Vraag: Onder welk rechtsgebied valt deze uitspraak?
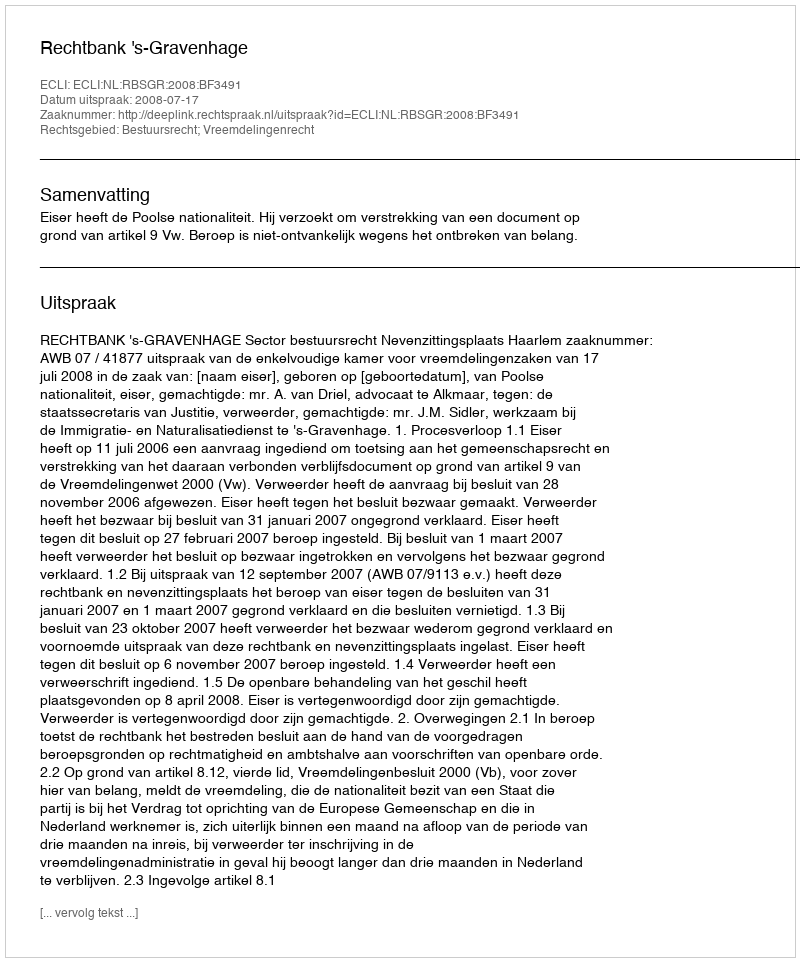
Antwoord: Bestuursrecht; Vreemdelingenrecht